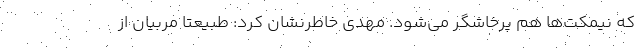
که نیمکت‌ها هم پرخاشگر می‌شود. مهدی خاطرنشان کرد: طبیعتاً مربیان از